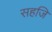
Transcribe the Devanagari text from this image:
सहजि